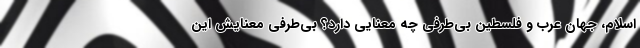
اسلام، جهان عرب و فلسطین بی‌طرفی چه معنایی دارد؟ بی‌طرفی معنایش این